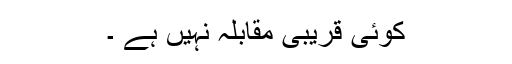
کوئی قریبی مقابلہ نہیں ہے ۔